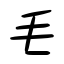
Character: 毛